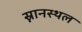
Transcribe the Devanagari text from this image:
स्नानस्थल